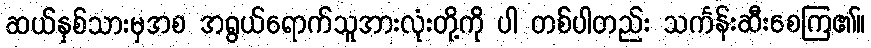
ဆယ်နှစ်သားမှအစ အရွယ်ရောက်သူအားလုံးတို့ကို ပါ တစ်ပါတည်း သင်္ကန်းဆီးစေကြ၏။